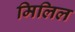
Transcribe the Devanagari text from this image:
मिलिल